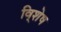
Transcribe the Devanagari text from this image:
वि्शेष